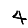
Digit: 4